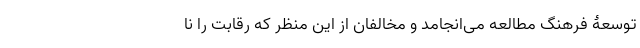
توسعۀ فرهنگ مطالعه می‌انجامد و مخالفان از این منظر که رقابت را نا